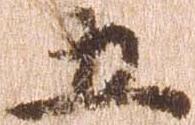
五